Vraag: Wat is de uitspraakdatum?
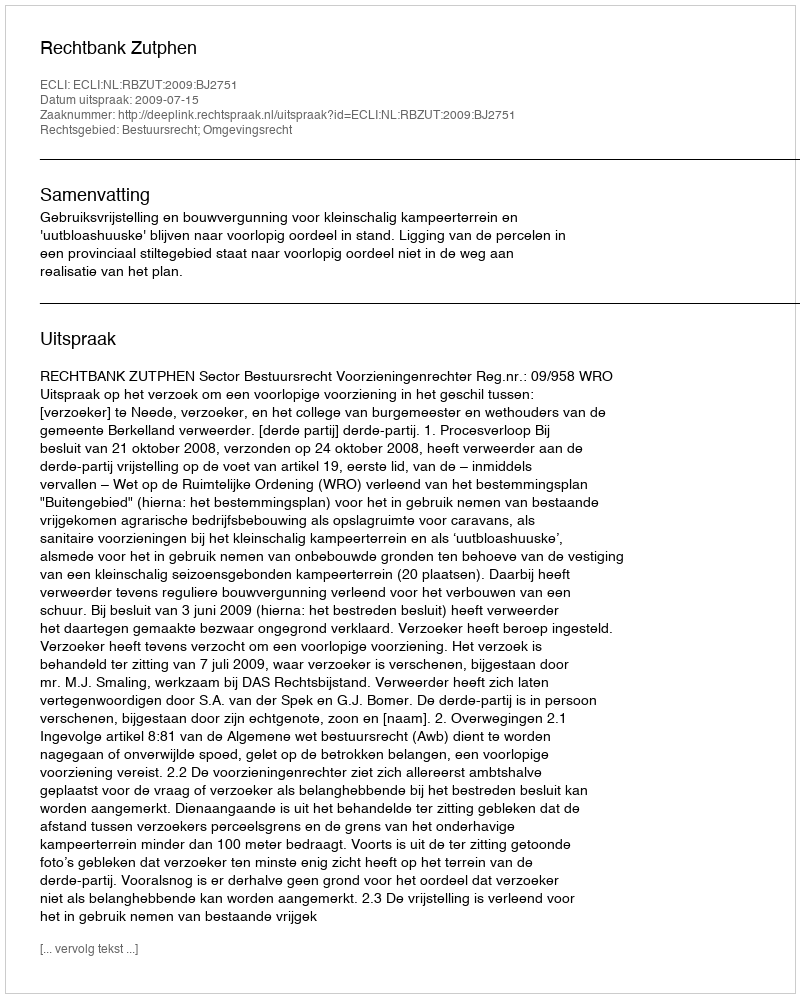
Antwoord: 2009-07-15